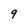
Character: 9